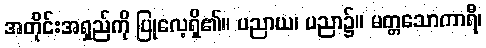
အတိုင်းအရှည်ကို ပြုလေ့ရှိ၏။ ပညာယ၊ ပညာ၌။ မတ္တသောကာရီ၊